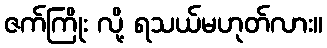
ဇက်ကြိုး လို့ ရသယ်မဟုတ်လား။